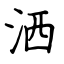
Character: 洒